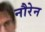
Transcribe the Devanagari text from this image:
नौरेन